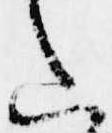
た